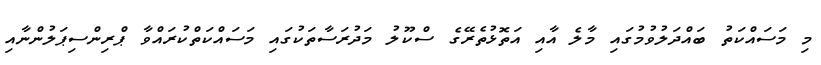
މި މަސައްކަތު ބައްދަލުވުމުގައި މާލެ އާއި އަތޮޅުތެރޭގެ ސްކޫލު މަދުރަސާތަކުގައި މަސައްކަތްކުރައްވާ ޕްރިންސިޕަލުންނާއި